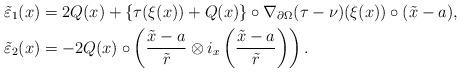
LaTeX: \begin{align*}&\tilde{\varepsilon}_1(x) = 2Q(x) + \{\tau(\xi(x)) + Q(x)\} \circ \nabla_{\partial \Omega}(\tau - \nu)(\xi(x)) \circ (\tilde{x} - a), \\&\tilde{\varepsilon}_2(x) = -2Q(x) \circ \left(\dfrac{\tilde{x}-a}{\tilde{r}} \otimes i_x\left(\dfrac{\tilde{x}-a}{\tilde{r}}\right) \right). \end{align*}